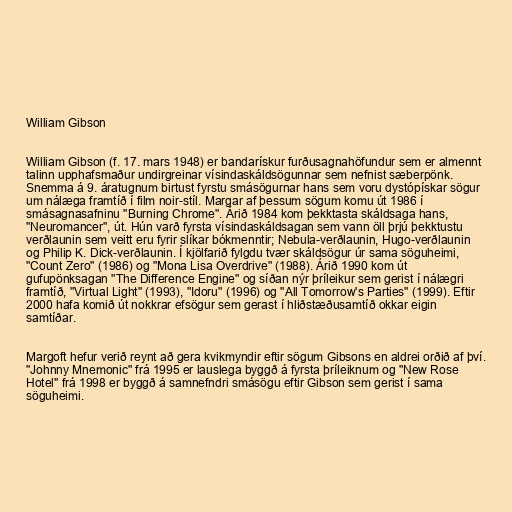
William Gibson

William Gibson (f. 17. mars 1948) er bandarískur furðusagnahöfundur sem er almennt
talinn upphafsmaður undirgreinar vísindaskáldsögunnar sem nefnist sæberpönk.
Snemma á 9. áratugnum birtust fyrstu smásögurnar hans sem voru dystópískar sögur
um nálæga framtíð í film noir-stíl. Margar af þessum sögum komu út 1986 í
smásagnasafninu "Burning Chrome". Árið 1984 kom þekktasta skáldsaga hans,
"Neuromancer", út. Hún varð fyrsta vísindaskáldsagan sem vann öll þrjú þekktustu
verðlaunin sem veitt eru fyrir slíkar bókmenntir; Nebula-verðlaunin, Hugo-verðlaunin
og Philip K. Dick-verðlaunin. Í kjölfarið fylgdu tvær skáldsögur úr sama söguheimi,
"Count Zero" (1986) og "Mona Lisa Overdrive" (1988). Árið 1990 kom út
gufupönksagan "The Difference Engine" og síðan nýr þríleikur sem gerist í nálægri
framtíð, "Virtual Light" (1993), "Idoru" (1996) og "All Tomorrow's Parties" (1999). Eftir
2000 hafa komið út nokkrar efsögur sem gerast í hliðstæðusamtíð okkar eigin
samtíðar.

Margoft hefur verið reynt að gera kvikmyndir eftir sögum Gibsons en aldrei orðið af því.
"Johnny Mnemonic" frá 1995 er lauslega byggð á fyrsta þríleiknum og "New Rose
Hotel" frá 1998 er byggð á samnefndri smásögu eftir Gibson sem gerist í sama
söguheimi.